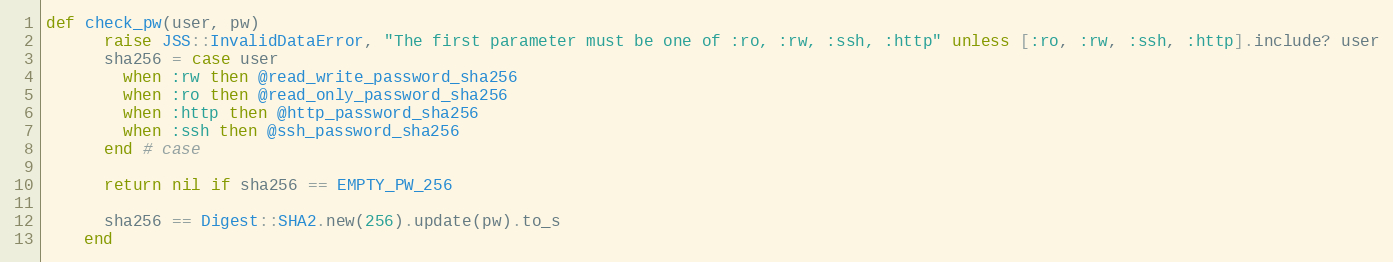
Language: Ruby
def check_pw(user, pw)
      raise JSS::InvalidDataError, "The first parameter must be one of :ro, :rw, :ssh, :http" unless [:ro, :rw, :ssh, :http].include? user
      sha256 = case user
        when :rw then @read_write_password_sha256
        when :ro then @read_only_password_sha256
        when :http then @http_password_sha256
        when :ssh then @ssh_password_sha256
      end # case

      return nil if sha256 == EMPTY_PW_256

      sha256 == Digest::SHA2.new(256).update(pw).to_s
    end